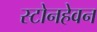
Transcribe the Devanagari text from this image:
स्टोनहेवन